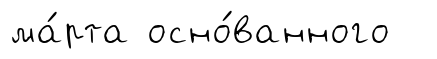
ма́рта осно́ванного